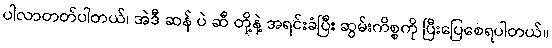
ပါလာတတ်ပါတယ်၊ အဲဒီ ဆန် ပဲ ဆီ တို့နဲ့ အရင်းခံပြီး ဆွမ်းကိစ္စကို ပြီးပြေစေရပါတယ်။